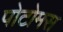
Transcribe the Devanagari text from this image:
पोटोमस